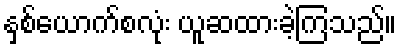
နှစ်ယောက်စလုံး ယူဆထားခဲ့ကြသည်။